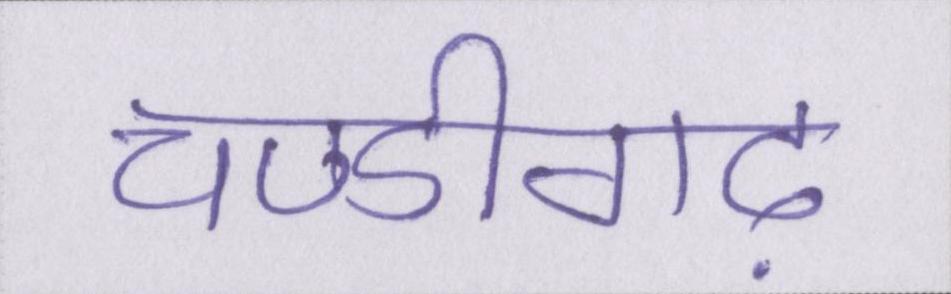
चण्डीगढ़